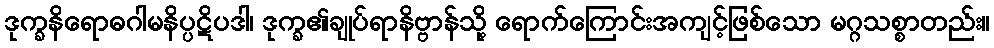
ဒုက္ခနိရောဓဂါမနိပ္ပဋိပဒါ၊ ဒုက္ခ၏ချုပ်ရာနိဗ္ဗာန်သို့ ရောက်ကြောင်းအကျင့်ဖြစ်သော မဂ္ဂသစ္စာတည်း။